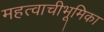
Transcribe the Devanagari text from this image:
महत्वाचीभूमिका